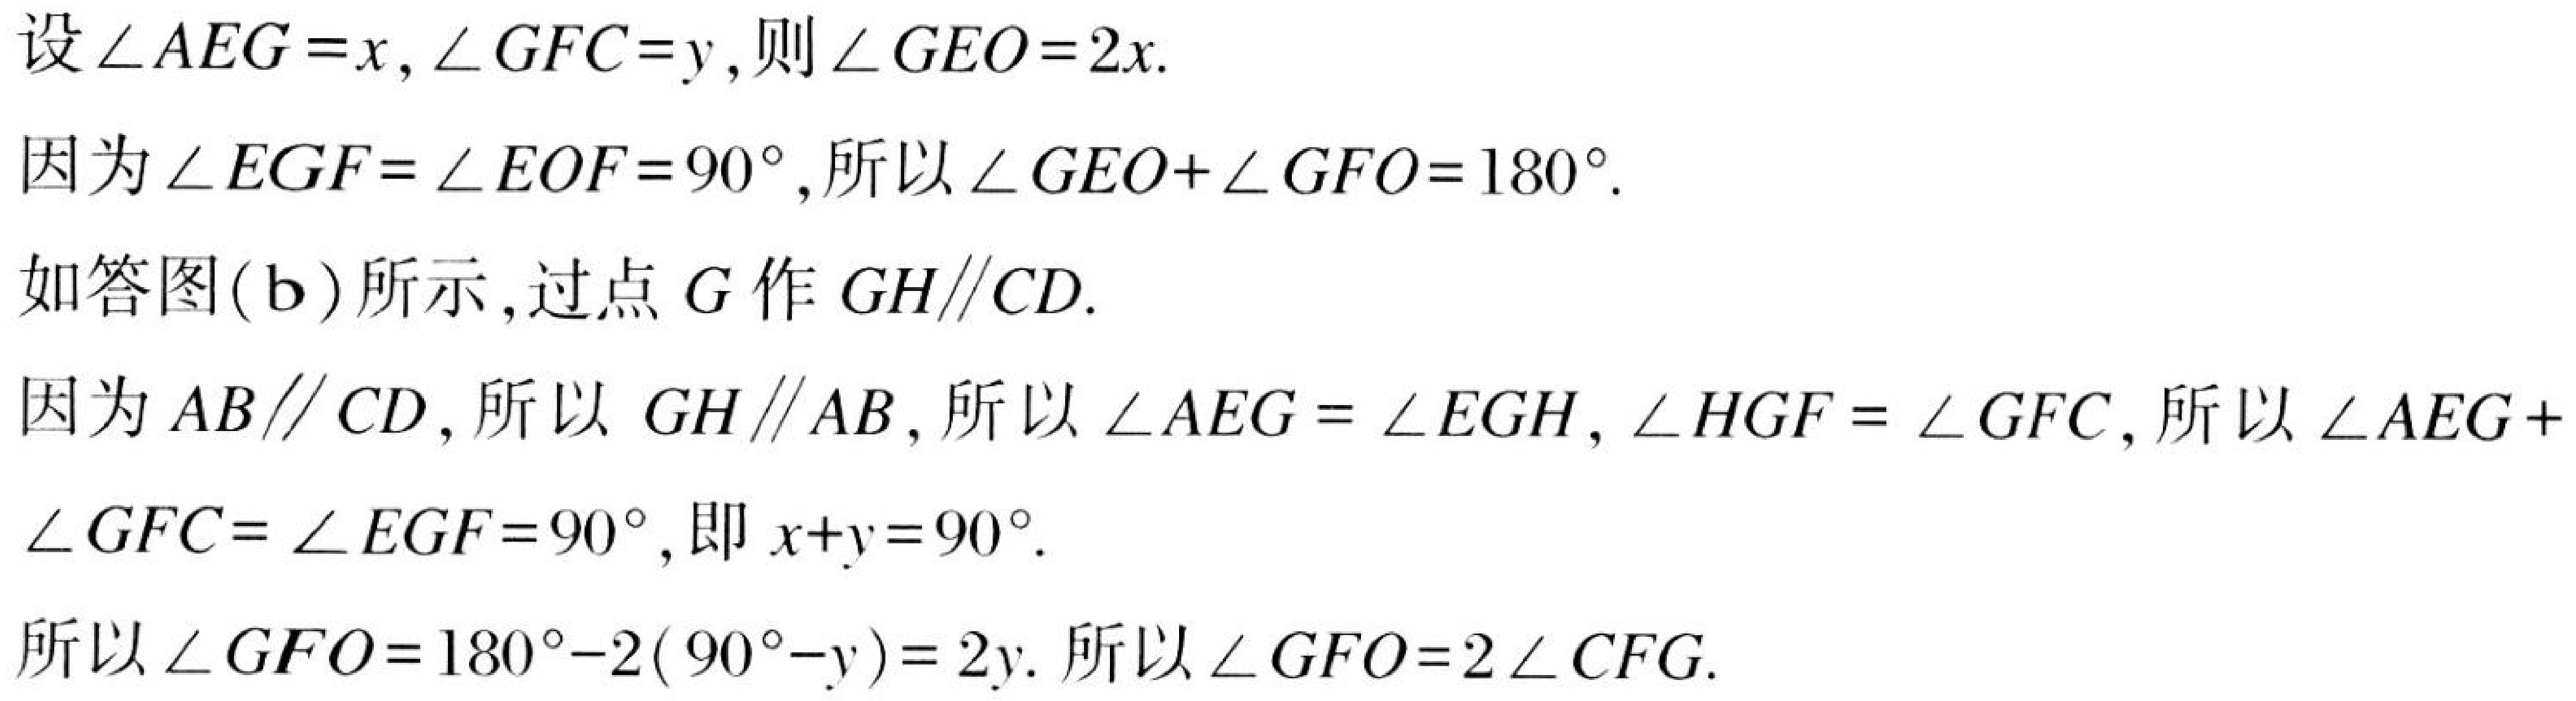
设\(\angle AEG = x,\angle GFC = y\),则\(\angle GEO = 2x\).
因为\(\angle EGF=\angle EOF = 90^{\circ}\),所以\(\angle GEO+\angle GFO = 180^{\circ}\).
如答图(b)所示,过点\(G\)作\(GH\parallel CD\).
因为\(AB\parallel CD\), 所以 \(GH\parallel AB\), 所以\(\angle AEG=\angle EGH,\angle HGF=\angle GFC\), 所以\(\angle AEG +\)
\(\angle GFC=\angle EGF = 90^{\circ}\), 即\(x + y = 90^{\circ}\).
所以\(\angle GFO = 180^{\circ}-2(90^{\circ}-y)=2y\). 所以\(\angle GFO = 2\angle CFG\).